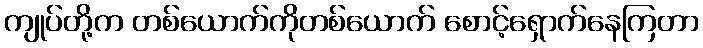
ကျုပ်တို့က တစ်ယောက်ကိုတစ်ယောက် စောင့်ရှောက်နေကြတာ